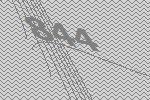
844